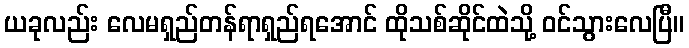
ယခုလည်း လေမရှည်တန်ရာရှည်ရအောင် ထိုသစ်ဆိုင်ထဲသို့ ဝင်သွားလေပြီ။